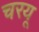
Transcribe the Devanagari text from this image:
चरयू